Causation and prevention of malarial fevers: a statement of the results of researches drawn up for the use of assistant surgeons, hospital assistants and students
Disease focus: Malaria
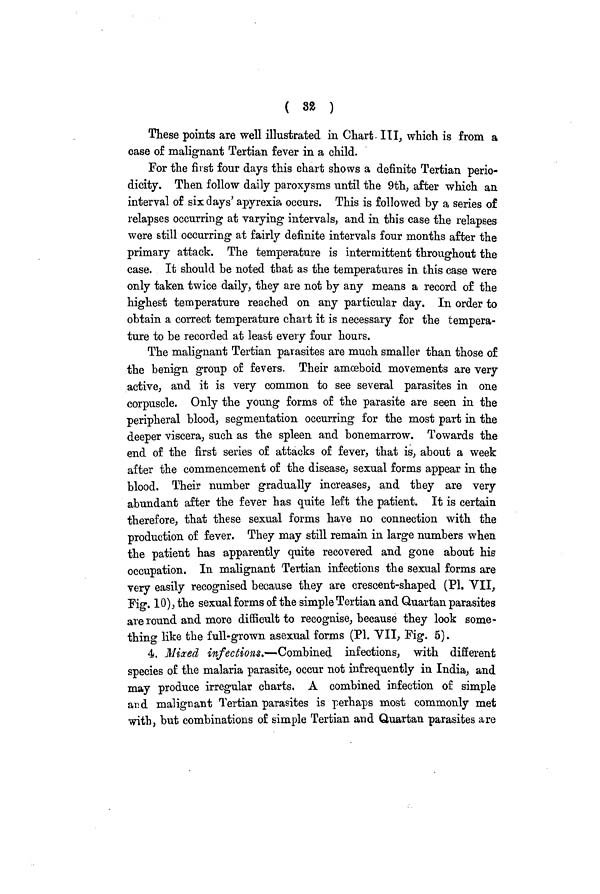
( 32 )
These points are well illustrated in Chart III, which is from a
case of malignant Tertian fever in a child.
For the first four days this chart shows a definite Tertian perio-
dicity. Then follow daily paroxysms until the 9th, after which an
interval of six days' apyrexia occurs. This is followed by a series of
relapses occurring at varying intervals, and in this case the relapses
were still occurring at fairly definite intervals four months after the
primary attack. The temperature is intermittent throughout the
case. It should be noted that as the temperatures in this case were
only taken twice daily, they are not by any means a record of the
highest temperature reached on any particular day. In order to
obtain a correct temperature chart it is necessary for the tempera-
ture to be recorded at least every four hours.
The malignant Tertian parasites are much smaller than those of
the benign group of fevers. Their amoeboid movements are very
active, and it is very common to see several parasites in one
corpuscle. Only the young forms of the parasite are seen in the
peripheral blood, segmentation occurring for the most part in the
deeper viscera, such as the spleen and bonemarrow. Towards the
end of the first series of attacks of fever, that is, about a week
after the commencement of the disease, sexual forms appear in the
blood. Their number gradually increases, and they are very
abundant after the fever has quite left the patient. It is certain
therefore, that these sexual forms have no connection with the
production of fever. They may still remain in large numbers when
the patient has apparently quite recovered and gone about his
occupation. In malignant Tertian infections the sexual forms are
very easily recognised because they are crescent-shaped (Pl. VII,
Fig. 10), the sexual forms of the simple Tertian and Quartan parasites
are round and more difficult to recognise, because they look some-
thing like the full-grown asexual forms (Pl. VII, Fig. 5).
4. Mixed infections.—Combined infections, with different
species of the malaria parasite, occur not infrequently in India, and
may produce irregular charts. A combined infection of simple
and malignant Tertian parasites is perhaps most commonly met
with, but combinations of simple Tertian and Quartan parasites are